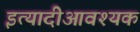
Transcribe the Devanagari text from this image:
इत्यादीआवश्यक